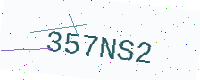
Text: 357NS2